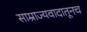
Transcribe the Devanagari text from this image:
साम्राज्यवादातूनच